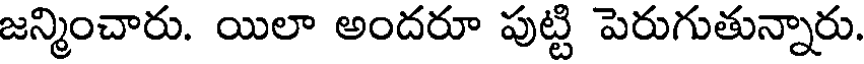
జన్మించారు. యిలా అందరూ పుట్టి పెరుగుతున్నారు.